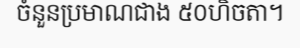
ចំនួនប្រមាណជាង ៥០ហិចតា។